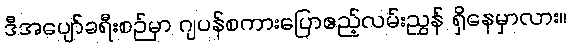
ဒီအပျော်ခရီးစဉ်မှာ ဂျပန်စကားပြောဧည့်လမ်းညွှန် ရှိနေမှာလား။